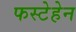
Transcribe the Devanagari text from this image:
फस्टेहेन